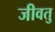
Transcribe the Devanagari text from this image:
जीवतु